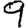
Digit: 9